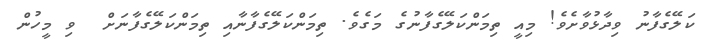
ކަލޭގެފާނު ވިދާޅުވާށެވެ! މިއީ ތިމަންކަލޭގެފާނުގެ މަގެވެ. ތިމަންކަލޭގެފާނާއި ތިމަންކަލޭގެފާނަށް  ވި މީހުން